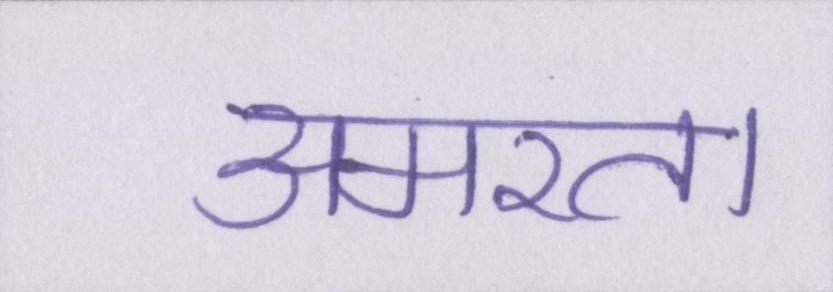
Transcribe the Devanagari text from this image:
अमरता